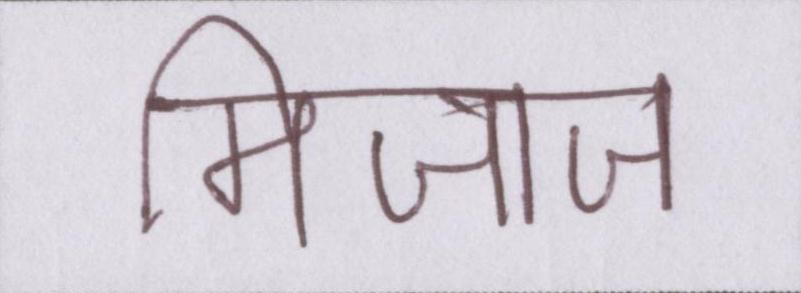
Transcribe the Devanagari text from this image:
मिजाज